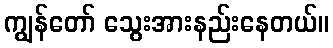
ကျွန်တော် သွေးအားနည်းနေတယ်။